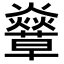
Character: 𧄣